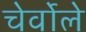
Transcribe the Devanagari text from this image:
चेर्वोले